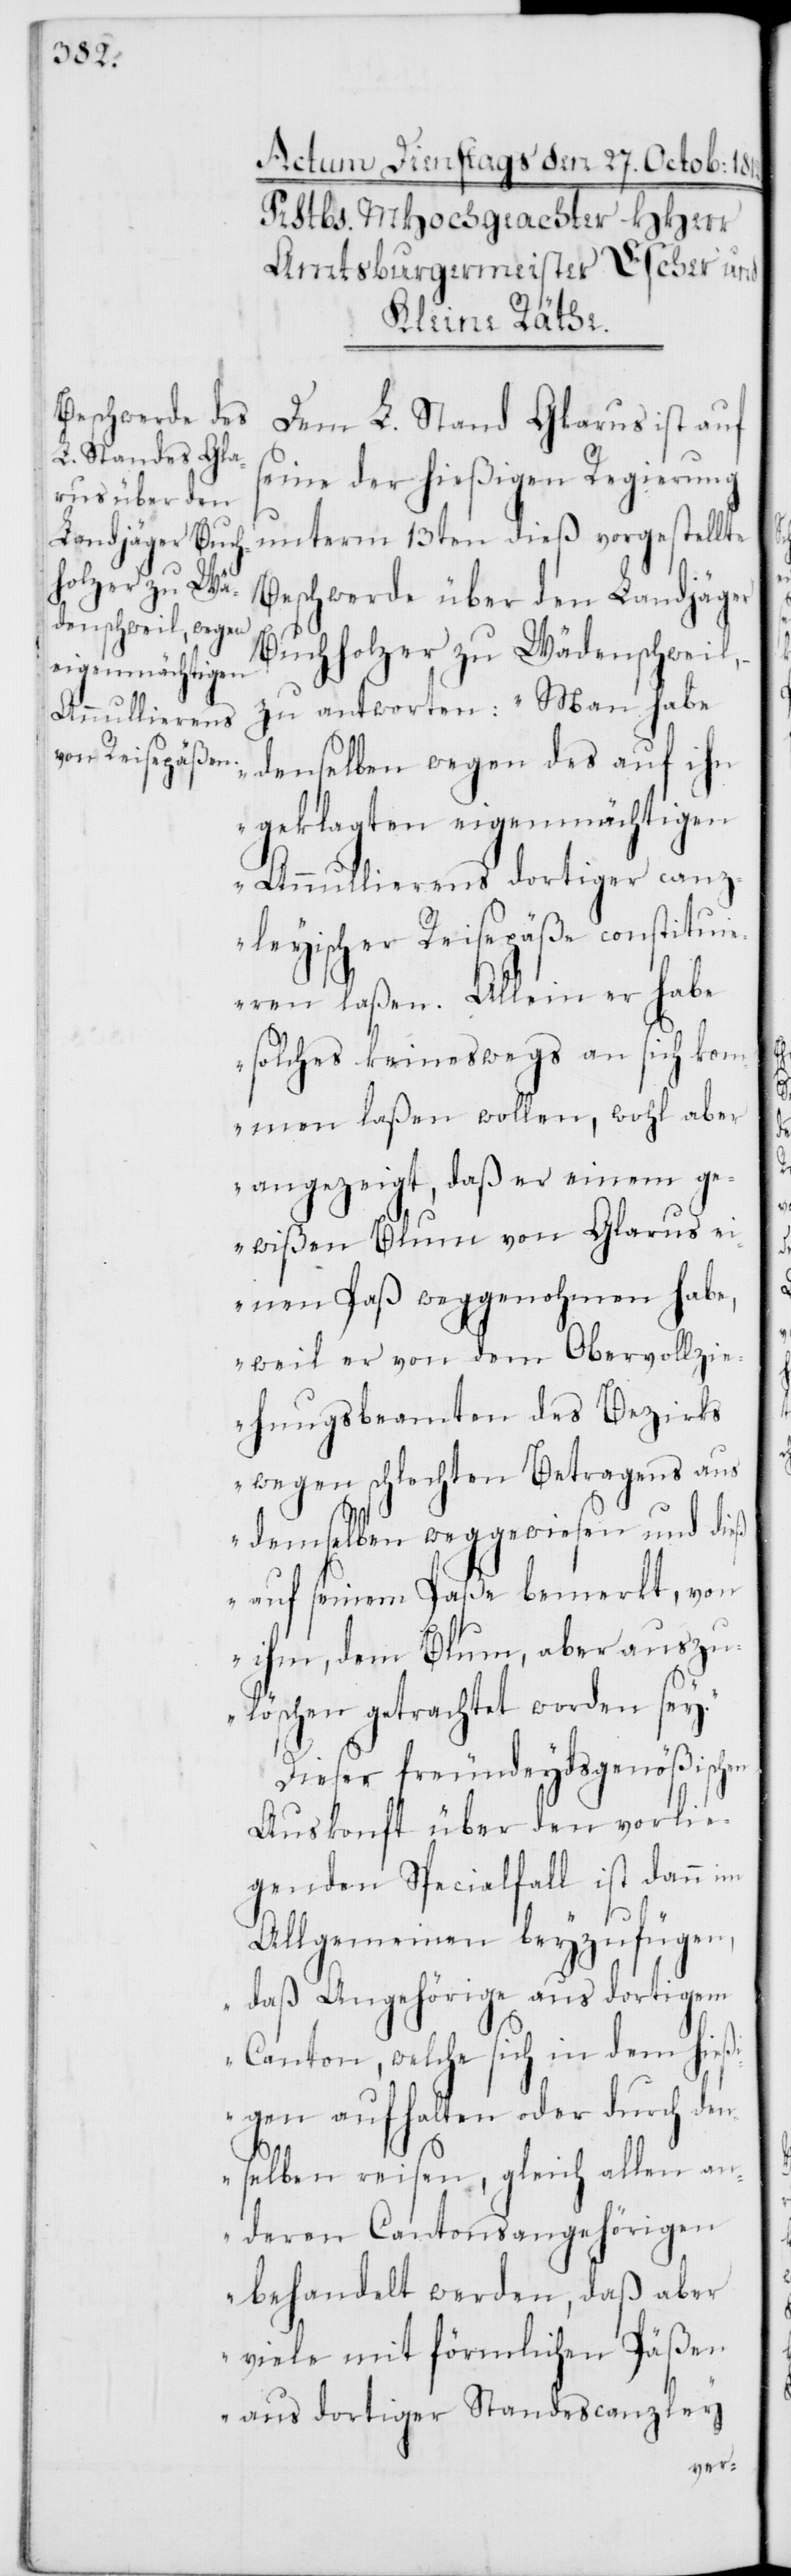
Dem L. Stand Glarus ist auf
seine der hießigen Regierung
unterm 13ten dieß vorgestellte
Beschwerde über den Landjäger
Buchholzer zu Wädenschweil,
zu antworten: „Man habe
denselben wegen des auf ihn
geklagten eigenmächtigen
Annullierens dortiger canz¬
leyischer Reisepäße constitui¬
eren laßen. Allein er habe
solches keineswegs an sich ko¬
mmen laßen wollen, wohl aber
angezeigt, daß er einem ge¬
wißen Blum von Glarus ei¬
nen Paß weggenohmen habe,
weil er von dem Obervollzie¬
hungsbeamten des Bezirks
wegen schlechten Betragens aus
demselben weggewiesen und dieß
auf seinem Paße bemerkt, von
ihm, dem Blum, aber auszu¬
löschen getrachtet worden sey.“
Dieser freundeydsgenößischen
Auskonft über den vorli¬
genden Specialfall ist dann im
Allgemeinen beyzufügen,
„daß Angehörige aus dortigem
Canton, welche sich in dem hieß¬
igen aufhalten oder durch den¬
selben reisen, gleich allen an¬
deren Cantonsangehörigen
behandelt werden, daß aber
viele mit förmlichen Päßen
aus dortiger Standescanzley